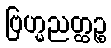
ဗြဟ္မညတ္ထဉ္စ